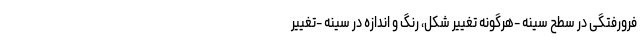
فرورفتگی در سطح سینه -هرگونه تغییر شکل، رنگ و اندازه در سینه -تغییر